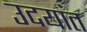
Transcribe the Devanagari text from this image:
उदयात